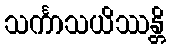
သင်္ကာသယိဿန္တိ